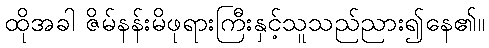
ထိုအခါ ဇိမ်နန်းမိဖုရားကြီးနှင့်သူသည်ညား၍နေ၏။